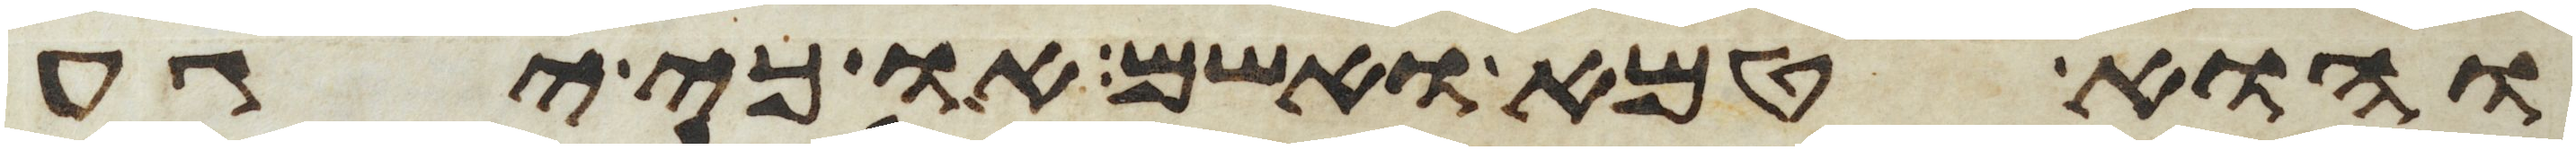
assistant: והוא טמא ואשם או כי יגע